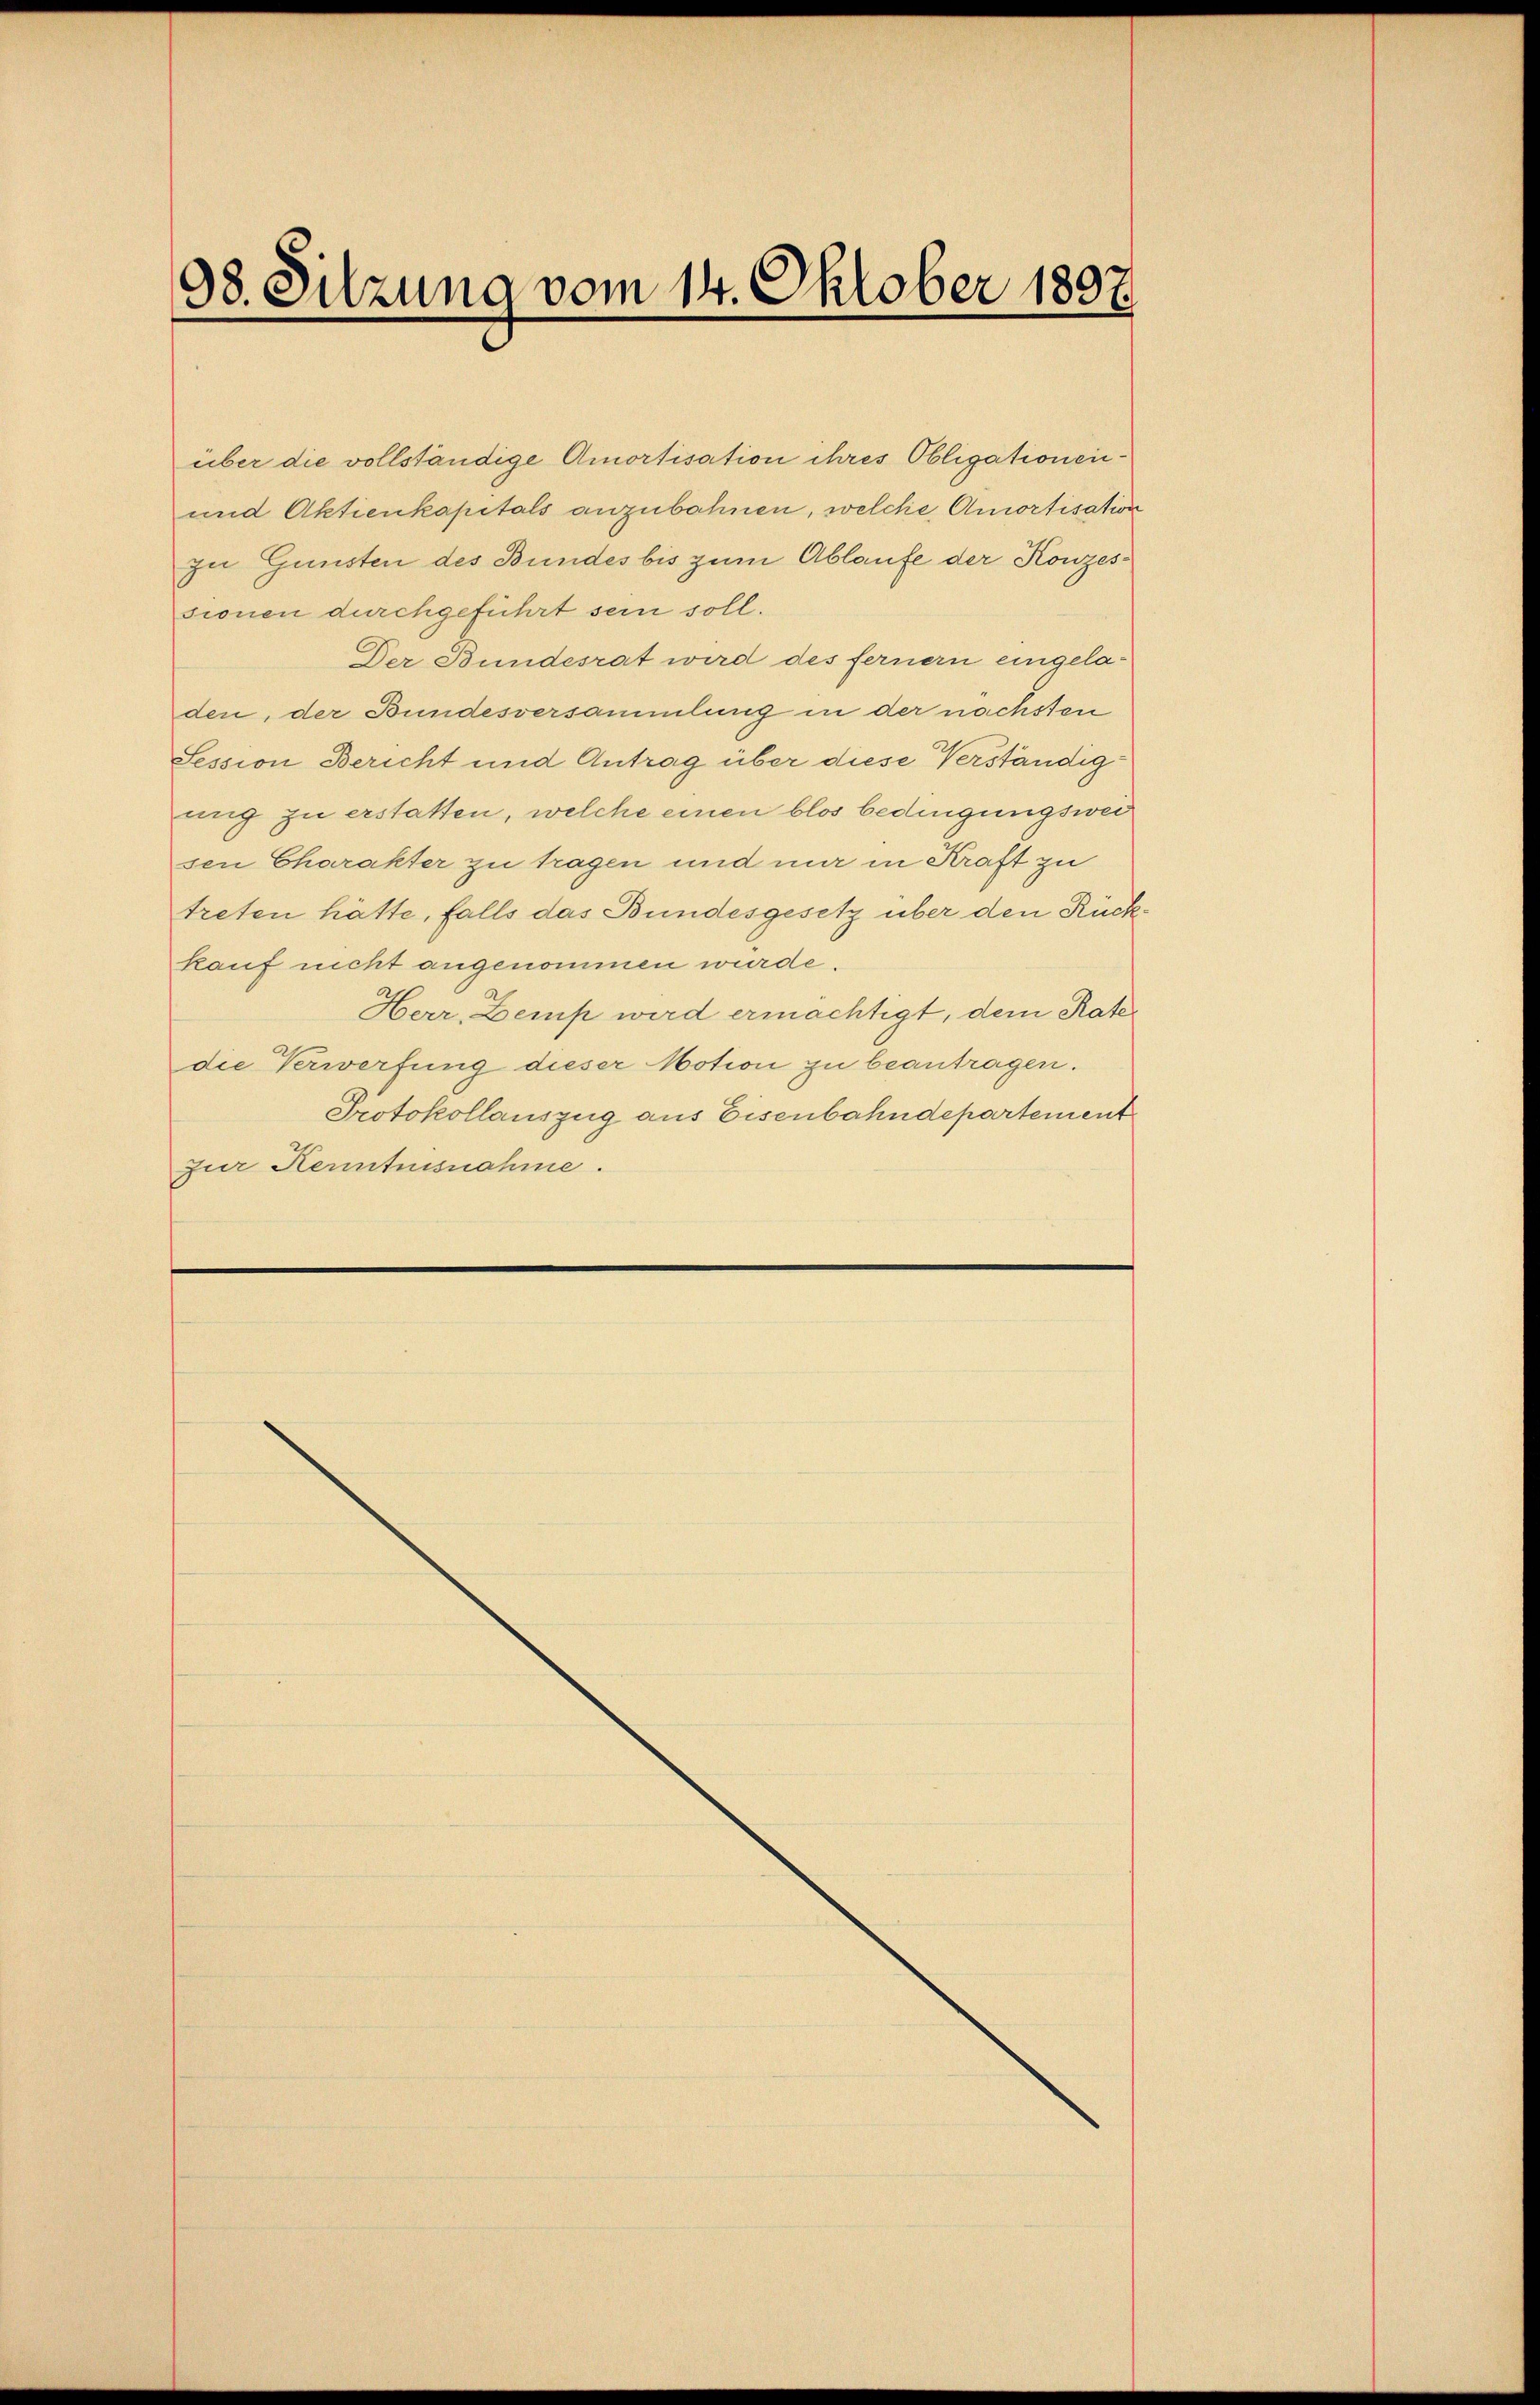
98. Sitzung vom 14. Oktober 1897

über die vollständige Amortisation ihres Obligationen¬
und Aktienkapitals anzubahnen, welche Amortisation
zu Gunsten des Bundes bis zum Ablaufe der Konzessionen durchgeführt sein soll.
Der Bundesrat wird des fernern eingeladen, der Bundesversammlung in der nächsten
Session Bericht und Antrag über diese Verständigmig zu erstatten, welche einen blos bedingungswei
sen Charakter zu tragen und nur in Kraft zu
treten hätte, falls das Bundesgesetz über den Rückkauf nicht angenommen wurde.
Herr, Zemp wird ermächtigt, dem Ratedie Verwerfung dieser Motion zu beantragen.
Protokollauszug aus Eisenbahndepartement
zur Kenntnisnahme.